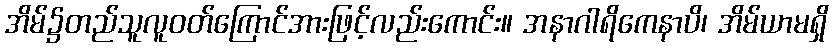
အိမ်၌တည်သူလူဝတ်ကြောင်အားဖြင့်လည်းကောင်း။ အနာဂါရိကေနာပိ၊ အိမ်ယာမရှိ